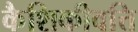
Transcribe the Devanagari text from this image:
कैशिकीवत्ति